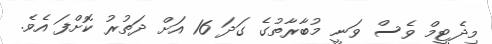
މިދެޓީމް ވެސް ވަނީ މުބާރާތުގެ ގަދަ 16 އަށް ދަތުރު ކޮށްފަ އެވެ.